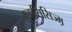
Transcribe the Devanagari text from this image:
क्लासिसिज्म़